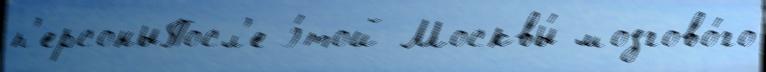
п'ерсоныПосл'е э́той Москвы́ мозгово́го